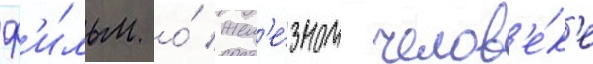
ф'и́льм о́ жел'е́зном челов'е́к'е